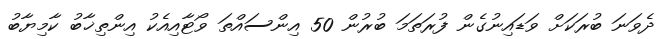
ދެވަނަ ބުރަކަށް ވަޑައިނުގެން ފުރަތަމަ ބުރުން 50 އިންސައްތަ ވޯޓާއިއެކު އިންތިޚާބު ކާމިޔާބު